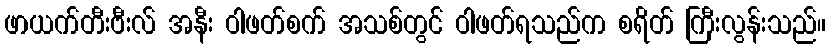
ဖာယက်တီးဗီးလ် အနီး ဝါဖတ်စက် အသစ်တွင် ဝါဖတ်ရသည်က စရိတ် ကြီးလွန်းသည်။